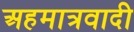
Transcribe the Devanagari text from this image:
अहमात्रवादी